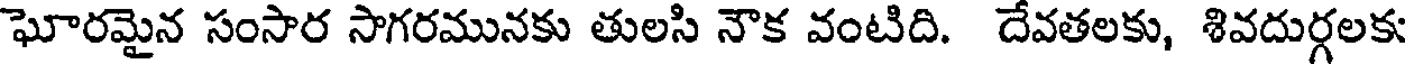
ఘోరమైన సంసార సాగరమునకు తులసి నౌక వంటిది. దేవతలకు, శివదుర్గలకు